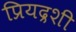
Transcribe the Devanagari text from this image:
प्रियद्रशी